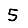
Digit: 5